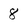
Character: 8